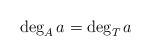
LaTeX: \begin{align*} \deg_A a=\deg_T a \end{align*}